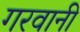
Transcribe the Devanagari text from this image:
गरवानी